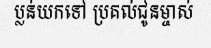
ប្លន់យកទៅ ប្រគល់ជូនម្ចាស់